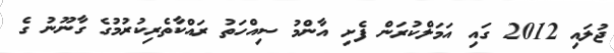
ޖުލައި 2012 ގައި އަމަލްކުރަން ފެށި އާންމު ސިއްހަތު ރައްކާތެރިކުރުމުގެ ގާނޫނު ގެ